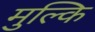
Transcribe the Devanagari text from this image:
मुल्कि